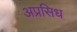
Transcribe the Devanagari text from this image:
अप्रसिध